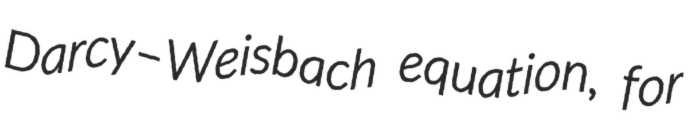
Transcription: Darcy–Weisbach equation, for